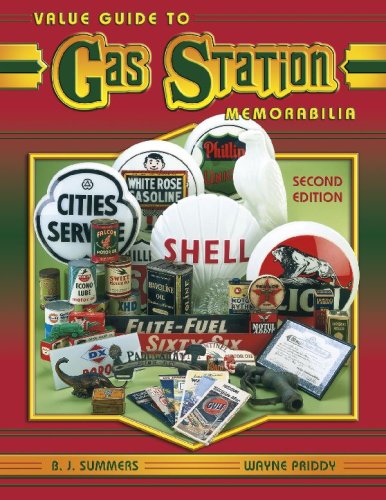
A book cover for Value Guide to Gas Station Memorabilia; B J Summers; Humor & Entertainment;